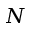
N